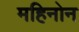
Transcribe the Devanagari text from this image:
महिनोन